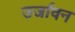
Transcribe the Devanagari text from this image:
उर्जावन